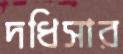
দধিসার